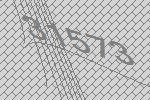
31573